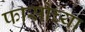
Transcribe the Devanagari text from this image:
फासोच्या